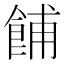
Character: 餔